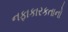
નફાકારકતાનો